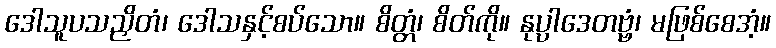
ဒေါသူပသညှိတံ၊ ဒေါသနှင့်စပ်သော။ စိတ္တံ၊ စိတ်ကို။ နုပ္ပါဒေတဗ္ဗံ၊ မဖြစ်စေအံ့။